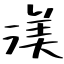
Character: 渼